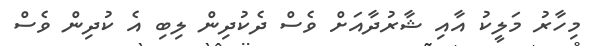
މިހާރު މަލީކު އާއި ޝާރުދާއަށް ވެސް ދެކުދިން ލިބި އެ ކުދިން ވެސް